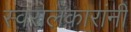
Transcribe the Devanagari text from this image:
स्वरालंकारांनी